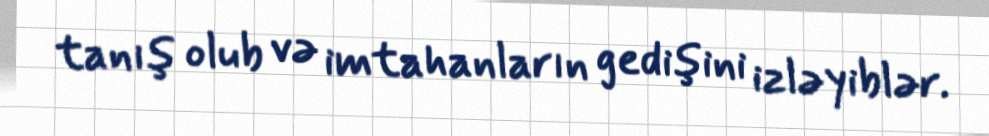
tanış olub və imtahanların gedişini izləyiblər.